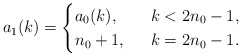
\begin{align*}a_1(k)=\begin{cases} a_0(k), \ & \ k< 2n_0-1,\\n_0+1, \ & \ k=2n_0-1.\end{cases}\end{align*}